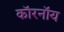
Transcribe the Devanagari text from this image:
कॉरनॉय